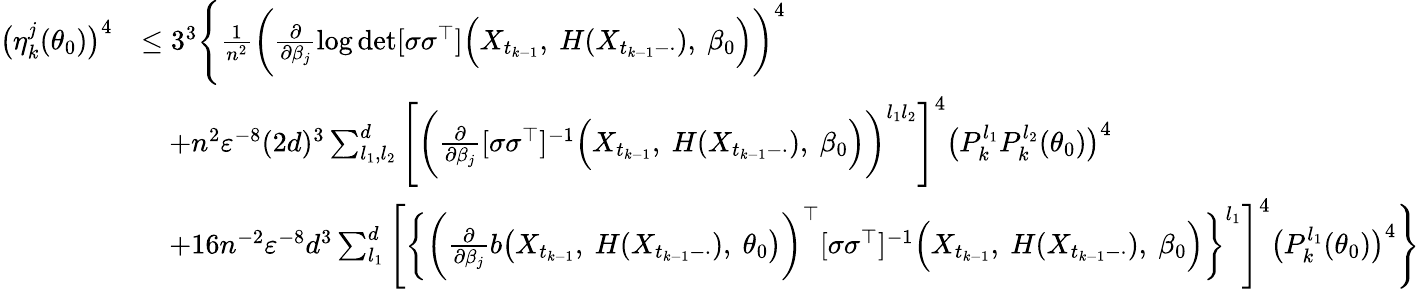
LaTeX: \begin{array}{rl}{\big(\eta_{k}^{j}(\theta_{0})\big)^{4}}&{\leq 3^{3}\Bigg\{ \frac{1}{n^{2}}\bigg(\frac{\partial}{\partial\beta_{j}}\log\operatorname*{det}[\sigma\sigma^{\top}]\Big(X_{t_{k-1}},~H(X_{t_{k-1}-\cdot}),~\beta_{0}\Big)\bigg)^{4}}\\ &{\quad+n^{2}\varepsilon^{-8}(2d)^{3}\sum_{l_{1},l_{2}}^{d}\Bigg[\bigg(\frac{\partial}{\partial\beta_{j}}[\sigma\sigma^{\top}]^{-1}\Big(X_{t_{k-1}},~H(X_{t_{k-1}-\cdot}),~\beta_{0}\Big)\bigg)^{l_{1}l_{2}}\Bigg]^{4}\big(P_{k}^{l_{1}}P_{k}^{l_{2}}(\theta_{0})\big)^{4}}\\ &{\quad+16n^{-2}\varepsilon^{-8}d^{3}\sum_{l_{1}}^{d}\Bigg[\bigg\{ \biggl(\frac{\partial}{\partial\beta_{j}}b\bigl(X_{t_{k-1}},~H(X_{t_{k-1}-\cdot}),~\theta_{0}\bigr)\biggr)^{\top}[\sigma\sigma^{\top}]^{-1}\Bigl(X_{t_{k-1}},~H(X_{t_{k-1}-\cdot}),~\beta_{0}\Bigr)\bigg\} ^{l_{1}}\Bigg]^{4}\big(P_{k}^{l_{1}}(\theta_{0})\big)^{4}\Bigg\} }\end{array}